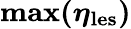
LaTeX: \boldsymbol{\mathrm{max}(\eta_{\mathrm{les}})}